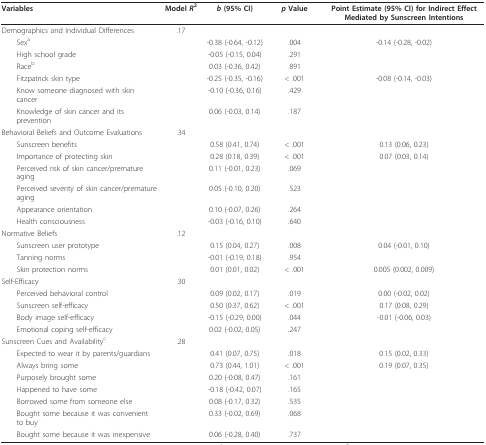
<table><thead><tr><td><b>Variables</b></td><td><b>Model <i>R</i><sup>2</sup></b></td><td><b><i>b </i>(95% CI)</b></td><td><b><i>p </i>Value</b></td><td><b>Point Estimate (95% CI) for Indirect Effect Mediated by Sunscreen Intentions</b></td></tr></thead><tbody><tr><td>Demographics and Individual Differences</td><td>.17</td><td></td><td></td><td></td></tr><tr><td> Sex<sup>a</sup></td><td></td><td>-0.38 (-0.64, -0.12)</td><td>.004</td><td>-0.14 (-0.28, -0.02)</td></tr><tr><td> High school grade</td><td></td><td>-0.05 (-0.15, 0.04)</td><td>.291</td><td></td></tr><tr><td> Race<sup>b</sup></td><td></td><td>0.03 (-0.36, 0.42)</td><td>.891</td><td></td></tr><tr><td> Fitzpatrick skin type</td><td></td><td>-0.25 (-0.35, -0.16)</td><td>&lt; .001</td><td>-0.08 (-0.14, -0.03)</td></tr><tr><td> Know someone diagnosed with skin cancer</td><td></td><td>-0.10 (-0.36, 0.16)</td><td>.429</td><td></td></tr><tr><td> Knowledge of skin cancer and its prevention</td><td></td><td>0.06 (-0.03, 0.14)</td><td>.187</td><td></td></tr><tr><td>Behavioral Beliefs and Outcome Evaluations</td><td>.34</td><td></td><td></td><td></td></tr><tr><td> Sunscreen benefits</td><td></td><td>0.58 (0.41, 0.74)</td><td>&lt; .001</td><td>0.13 (0.06, 0.23)</td></tr><tr><td> Importance of protecting skin</td><td></td><td>0.28 (0.18, 0.39)</td><td>&lt; .001</td><td>0.07 (0.03, 0.14)</td></tr><tr><td> Perceived risk of skin cancer/premature aging</td><td></td><td>0.11 (-0.01, 0.23)</td><td>.069</td><td></td></tr><tr><td> Perceived severity of skin cancer/premature aging</td><td></td><td>0.05 (-0.10, 0.20)</td><td>.523</td><td></td></tr><tr><td> Appearance orientation</td><td></td><td>0.10 (-0.07, 0.26)</td><td>.264</td><td></td></tr><tr><td> Health consciousness</td><td></td><td>-0.03 (-0.16, 0.10)</td><td>.640</td><td></td></tr><tr><td>Normative Beliefs</td><td>.12</td><td></td><td></td><td></td></tr><tr><td> Sunscreen user prototype</td><td></td><td>0.15 (0.04, 0.27)</td><td>.008</td><td>0.04 (-0.01, 0.10)</td></tr><tr><td> Tanning norms</td><td></td><td>-0.01 (-0.19, 0.18)</td><td>.954</td><td></td></tr><tr><td> Skin protection norms</td><td></td><td>0.01 (0.01, 0.02)</td><td>&lt; .001</td><td>0.005 (0.002, 0.009)</td></tr><tr><td>Self-Efficacy</td><td>.30</td><td></td><td></td><td></td></tr><tr><td> Perceived behavioral control</td><td></td><td>0.09 (0.02, 0.17)</td><td>.019</td><td>0.00 (-0.02, 0.02)</td></tr><tr><td> Sunscreen self-efficacy</td><td></td><td>0.50 (0.37, 0.62)</td><td>&lt; .001</td><td>0.17 (0.08, 0.29)</td></tr><tr><td> Body image self-efficacy</td><td></td><td>-0.15 (-0.29, 0.00)</td><td>.044</td><td>-0.01 (-0.06, 0.03)</td></tr><tr><td> Emotional coping self-efficacy</td><td></td><td>0.02 (-0.02, 0.05)</td><td>.247</td><td></td></tr><tr><td>Sunscreen Cues and Availability<sup>c</sup></td><td>.28</td><td></td><td></td><td></td></tr><tr><td> Expected to wear it by parents/guardians</td><td></td><td>0.41 (0.07, 0.75)</td><td>.018</td><td>0.15 (0.02, 0.33)</td></tr><tr><td> Always bring some</td><td></td><td>0.73 (0.44, 1.01)</td><td>&lt; .001</td><td>0.19 (0.07, 0.35)</td></tr><tr><td> Purposely brought some</td><td></td><td>0.20 (-0.08, 0.47)</td><td>.161</td><td></td></tr><tr><td> Happened to have some</td><td></td><td>-0.18 (-0.42, 0.07)</td><td>.165</td><td></td></tr><tr><td> Borrowed some from someone else</td><td></td><td>0.08 (-0.17, 0.32)</td><td>.535</td><td></td></tr><tr><td> Bought some because it was convenient to buy</td><td></td><td>0.33 (-0.02, 0.69)</td><td>.068</td><td></td></tr><tr><td> Bought some because it was inexpensive</td><td></td><td>0.06 (-0.28, 0.40)</td><td>.737</td><td></td></tr></tbody></table>